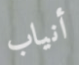
أنياب